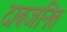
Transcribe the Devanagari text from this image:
दाबजनित